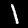
Digit: 1